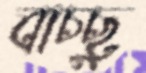
বাচ্ছু